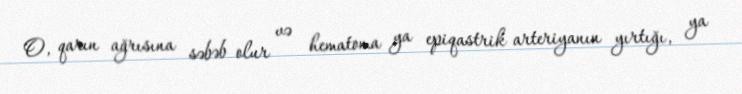
O, qarın ağrısına səbəb olur və hematoma ya epiqastrik arteriyanın yırtığı, ya